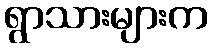
ရွာသားများက